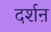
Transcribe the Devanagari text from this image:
दर्शऩ